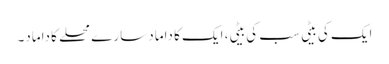
ایک کی بیٹی سب کی بیٹی، ایک کا داماد سارے محلے کا داماد۔